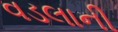
વડલાની